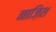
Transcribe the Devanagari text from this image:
नाज़िश